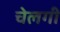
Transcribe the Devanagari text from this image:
चेलगी